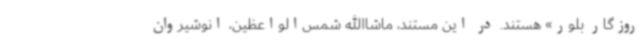
روزگار بلور» هستند. در این مستند، ماشا‌الله شمس‌الواعظین، انوشیروان